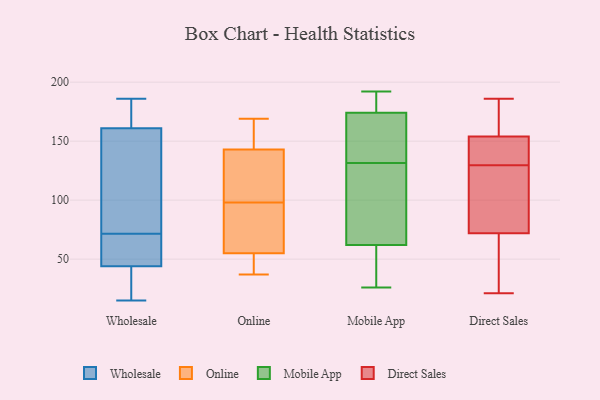
{"axis": {"x": "Conversion Rate (%)", "y": "Value"}, "legend": ["Direct Sales", "Mobile App", "Online", "Wholesale"], "data": [{"x": "", "y": 46, "type": "Wholesale"}, {"x": "", "y": 163, "type": "Wholesale"}, {"x": "", "y": 15, "type": "Wholesale"}, {"x": "", "y": 178, "type": "Wholesale"}, {"x": "", "y": 161, "type": "Wholesale"}, {"x": "", "y": 45, "type": "Wholesale"}, {"x": "", "y": 61, "type": "Wholesale"}, {"x": "", "y": 186, "type": "Wholesale"}, {"x": "", "y": 44, "type": "Wholesale"}, {"x": "", "y": 37, "type": "Wholesale"}, {"x": "", "y": 82, "type": "Wholesale"}, {"x": "", "y": 27, "type": "Wholesale"}, {"x": "", "y": 123, "type": "Wholesale"}, {"x": "", "y": 116, "type": "Wholesale"}, {"x": "", "y": 100, "type": "Online"}, {"x": "", "y": 169, "type": "Online"}, {"x": "", "y": 47, "type": "Online"}, {"x": "", "y": 72, "type": "Online"}, {"x": "", "y": 133, "type": "Online"}, {"x": "", "y": 96, "type": "Online"}, {"x": "", "y": 82, "type": "Online"}, {"x": "", "y": 143, "type": "Online"}, {"x": "", "y": 38, "type": "Online"}, {"x": "", "y": 145, "type": "Online"}, {"x": "", "y": 159, "type": "Online"}, {"x": "", "y": 37, "type": "Online"}, {"x": "", "y": 100, "type": "Online"}, {"x": "", "y": 55, "type": "Online"}, {"x": "", "y": 190, "type": "Mobile App"}, {"x": "", "y": 145, "type": "Mobile App"}, {"x": "", "y": 192, "type": "Mobile App"}, {"x": "", "y": 158, "type": "Mobile App"}, {"x": "", "y": 68, "type": "Mobile App"}, {"x": "", "y": 43, "type": "Mobile App"}, {"x": "", "y": 118, "type": "Mobile App"}, {"x": "", "y": 191, "type": "Mobile App"}, {"x": "", "y": 101, "type": "Mobile App"}, {"x": "", "y": 56, "type": "Mobile App"}, {"x": "", "y": 148, "type": "Mobile App"}, {"x": "", "y": 26, "type": "Mobile App"}, {"x": "", "y": 154, "type": "Direct Sales"}, {"x": "", "y": 120, "type": "Direct Sales"}, {"x": "", "y": 139, "type": "Direct Sales"}, {"x": "", "y": 145, "type": "Direct Sales"}, {"x": "", "y": 72, "type": "Direct Sales"}, {"x": "", "y": 41, "type": "Direct Sales"}, {"x": "", "y": 186, "type": "Direct Sales"}, {"x": "", "y": 21, "type": "Direct Sales"}, {"x": "", "y": 171, "type": "Direct Sales"}, {"x": "", "y": 80, "type": "Direct Sales"}]}